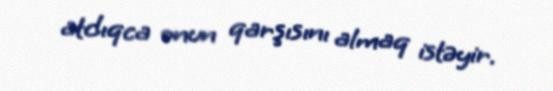
atdıqca onun qarşısını almaq istəyir.